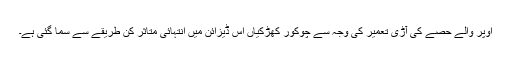
اوپر والے حصے کی آڑی تعمیر کی وجہ سے چوکور کھڑکیاں اس ڈیزائن میں انتہائی متاثر کن طریقے سے سما گئی ہے۔